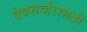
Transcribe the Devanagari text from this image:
वेबसर्व्हरसाठी